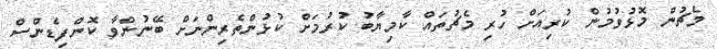
މެޗުން މޮޅުވުމުން ކުރިއަށް ހުރި މެޗުތައް ކާމިޔާބު ކުރުމަށް ކުޅުންތެރިންނަށް ބޭނުންވާ ކޮންފިޑެންސް